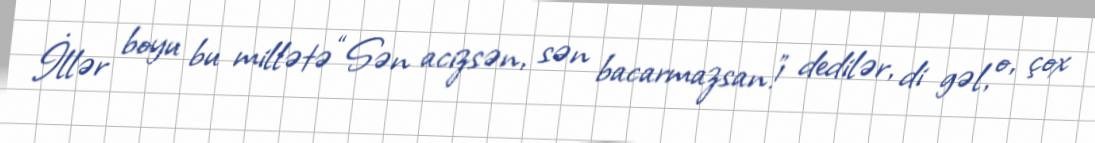
İllər boyu bu millətə “Sən acizsən, sən bacarmazsan!” dedilər, di gəl, o, çox